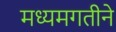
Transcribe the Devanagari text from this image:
मध्यमगतीने